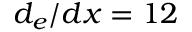
d _ { e } / d x = 1 2